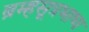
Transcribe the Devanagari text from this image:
ब्रम्हसूत्रभाष्य